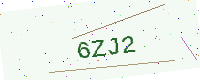
Text: 6ZJ2